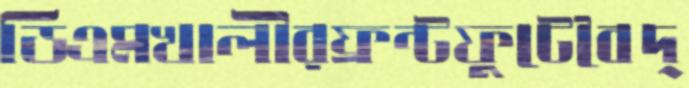
ডিএমখালীরফ্রন্টফুটেবৈদ্